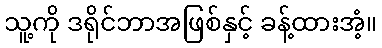
သူ့ကို ဒရိုင်ဘာအဖြစ်နှင့် ခန့်ထားအံ့။